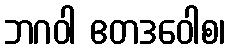
ဘဂဝါ ဧတဒဝေါစ၊